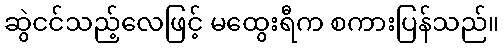
ဆွဲငင်သည့်လေဖြင့် မထွေးရီက စကားပြန်သည်။